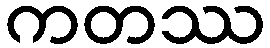
ကတဿ